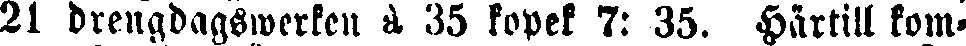
21 drengdagswerken à 35 kopek 7: 35. Härtill kom-